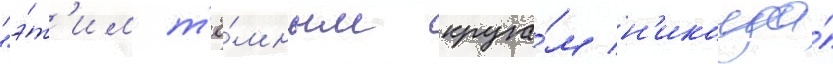
"э́т'им т'ё́мным круга́м н'икогда́